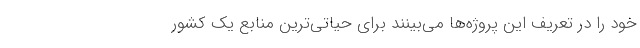
خود را در تعریف این پروژه‌ها می‌بینند برای حیاتی‌ترین منابع یک کشور